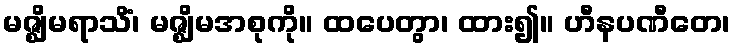
မဇ္ဈိမရာသိံ၊ မဇ္ဈိမအစုကို။ ထပေတွာ၊ ထား၍။ ဟီနပဏီတေ၊